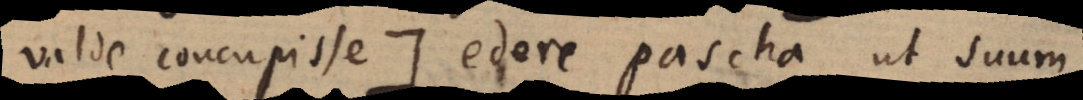
valde concupisse :) edere pascha ut suum